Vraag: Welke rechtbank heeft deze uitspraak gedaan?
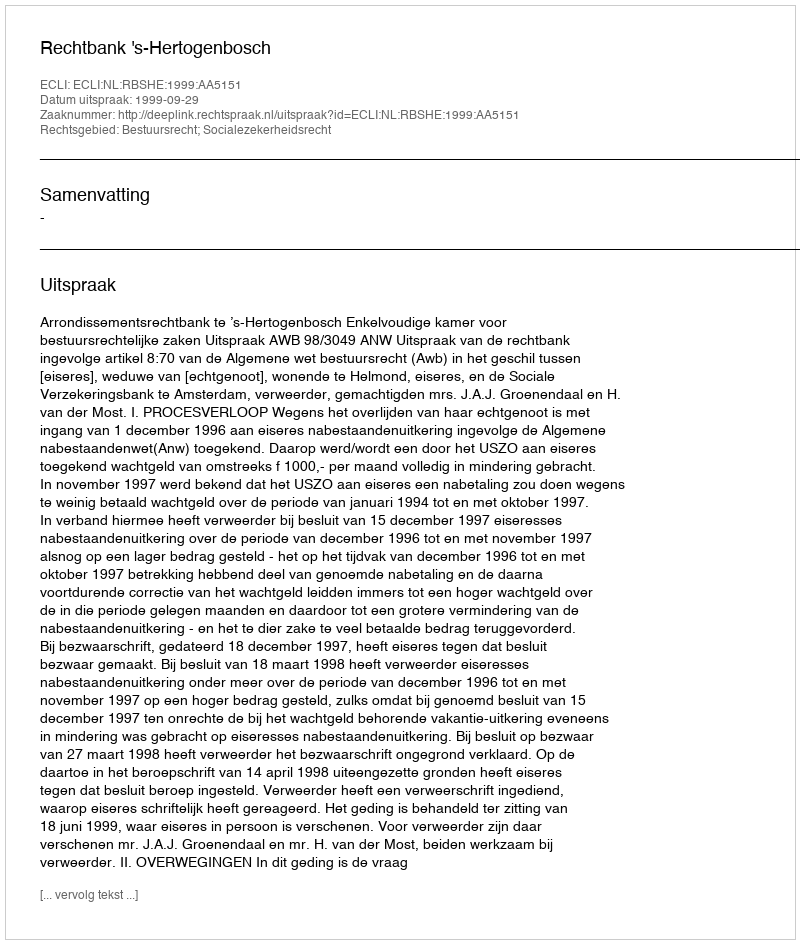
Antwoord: Rechtbank 's-Hertogenbosch